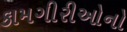
કામગીરીઓનો